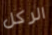
الركل